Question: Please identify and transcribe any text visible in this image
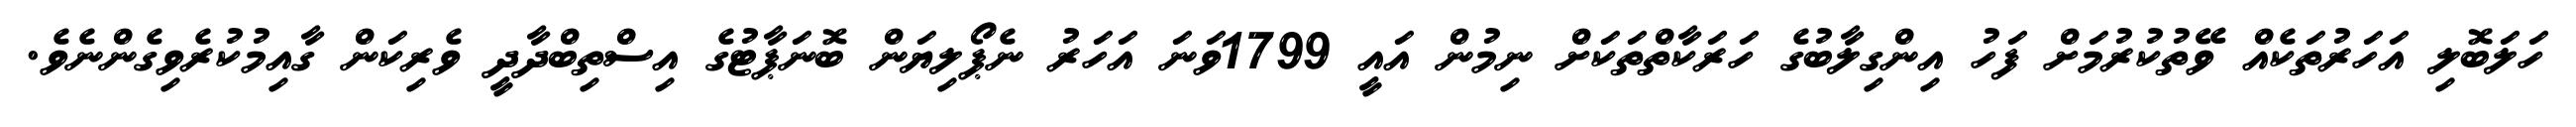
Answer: ހަލަބޮލި އަހަރުތަކެއް ވޭތުކުރުމަށް ފަހު އިންގިލާބުގެ ހަރަކާތްތަކަށް ނިމުން އައީ 1799ވަނަ އަހަރު ނެޕޯލިޔަން ބޮނަޕާޓުގެ އިސްތިބްދާދީ ވެރިކަން ގާއިމުކުރެވިގެންނެވެ.